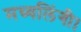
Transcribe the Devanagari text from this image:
मध्यलिंगी।